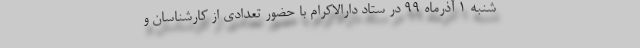
شنبه 1 آذرماه 99 در ستاد دارالاکرام با حضور تعدادی از کارشناسان و